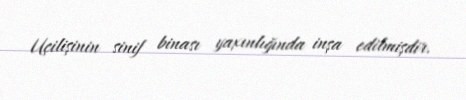
Uçilişinin sinif binası yaxınlığında inşa edilmişdir.